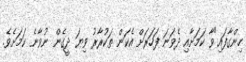
ހިންގާފައި"ވާ ކަމަށާއި ދެވަނަ ފަހަރަށް އެކަން ތަކުރާރު ވިޔަ ދީގެން ނުވާނެ ކަމަށެވެ.